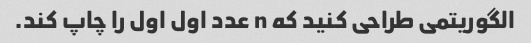
الگوریتمی طراحی کنید که n عدد اول اول را چاپ کند.